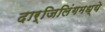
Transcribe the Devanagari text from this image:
दार्जिलिंगमध्ये